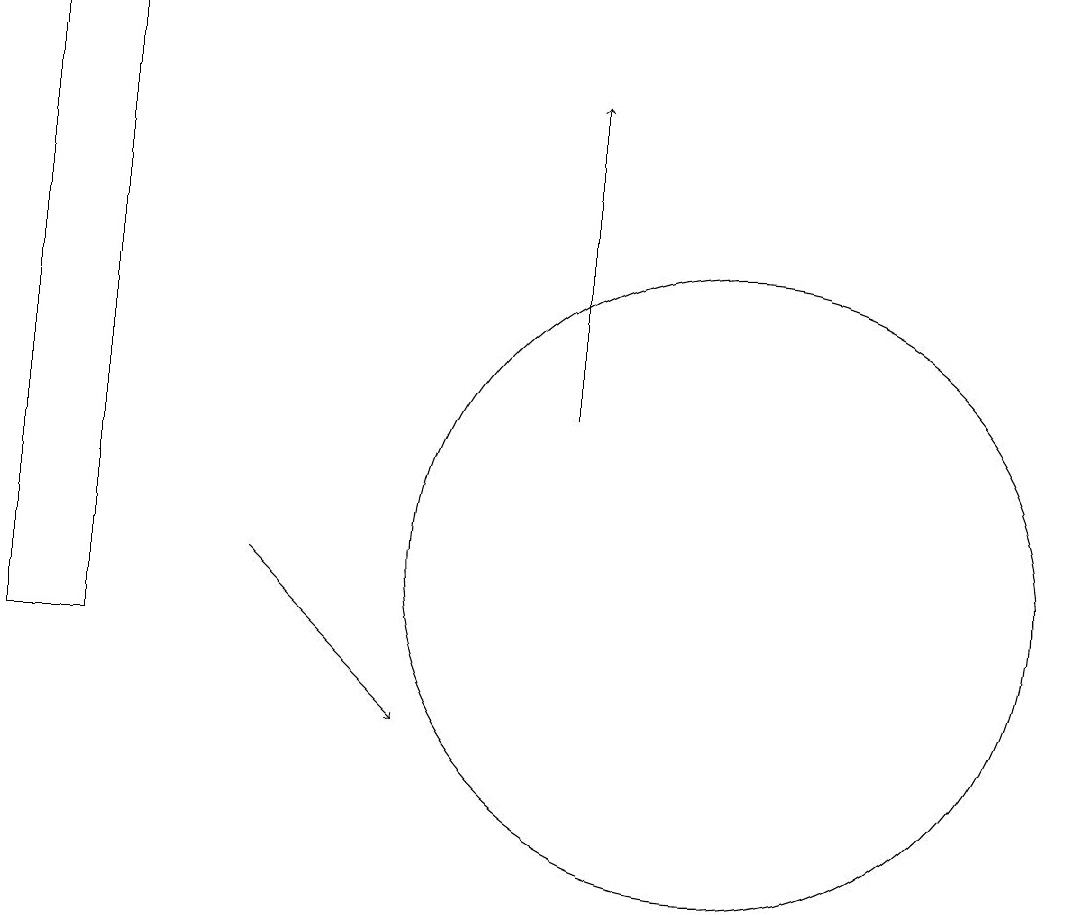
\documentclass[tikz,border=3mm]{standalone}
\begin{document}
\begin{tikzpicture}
\draw[->] (9,14) -- (9,18);
\draw (2,19) rectangle (3,11);
\draw[->] (5,12) -- (7,10);
\draw (11,12) circle (4);
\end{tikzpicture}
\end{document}